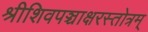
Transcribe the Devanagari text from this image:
श्रीशिवपञ्चाक्षरस्तोत्रम्